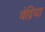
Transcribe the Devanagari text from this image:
वेद्रिया